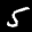
Label: 5